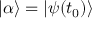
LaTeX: | \alpha \rangle = | \psi ( t _ { 0 } ) \rangle